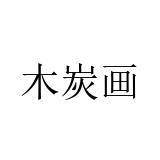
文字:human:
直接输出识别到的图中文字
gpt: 木炭画